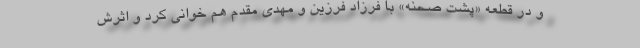
و در قطعه «پشت صحنه» با فرزاد فرزین و مهدی مقدم هم خوانی کرد و اثرش